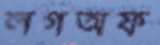
লগঅফ